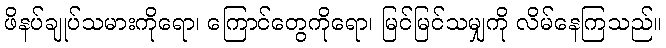
ဖိနပ်ချုပ်သမားကိုရော၊ ကြောင်တွေကိုရော၊ မြင်မြင်သမျှကို လိမ်နေကြသည်။